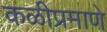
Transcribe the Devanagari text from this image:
कळीप्रमाणे